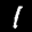
Label: 1